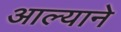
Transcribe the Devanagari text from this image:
आल्‍याने